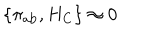
\left\{ \pi _ { \mathrm { a b } } , H _ { \mathrm { C } } \right\} \approx 0